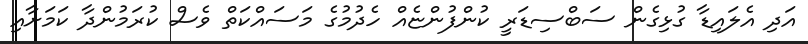
އަދި އެލައިޑާ ގުޅިގެން ސަބްސިޑަރީ ކުންފުންޏެއް ހެދުމުގެ މަސައްކަތް ވެސް ކުރަމުންދާ ކަމަށާއި